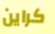
كراين